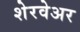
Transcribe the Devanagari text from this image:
शेरवेअर